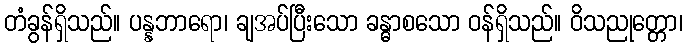
တံခွန်ရှိသည်။ ပန္နဘာရော၊ ချအပ်ပြီးသော ခန္ဓာစသော ဝန်ရှိသည်။ ဝိသညုတ္တော၊